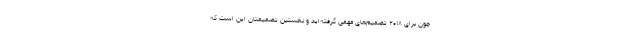
چون برای ۲۰۱۸ تصمیم‌های مهمی گرفته‌اید و نخستین تصمیمتان این است که